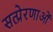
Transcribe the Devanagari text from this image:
सत्प्रेरणाओं